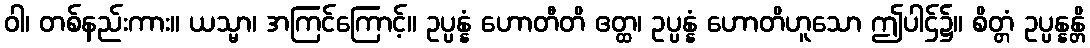
ဝါ၊ တစ်နည်းကား။ ယသ္မာ၊ အကြင်ကြောင့်။ ဥပ္ပန္နံ ဟောတီတိ ဧတ္ထ၊ ဥပ္ပန္နံ ဟောတိဟူသော ဤပါဌ်၌။ စိတ္တံ ဥပ္ပန္နန္တိ